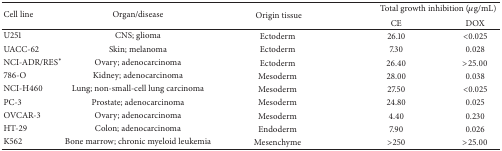
| <ROWSPAN=2> Cell line | <ROWSPAN=2> Organ/disease | <ROWSPAN=2> Origin tissue | <COLSPAN=2> Total growth inhibition (μg/mL) |
 | CE | DOX |
 | --- | --- | --- | --- | --- |
 | U251 | CNS; glioma | Ectoderm | 26.10 | <0.025 |
 | UACC-62 | Skin; melanoma | Ectoderm | 7.30 | 0.028 |
 | NCI-ADR/RES∗ | Ovary; adenocarcinoma | Ectoderm | 26.40 | >25.00 |
 | 786-O | Kidney; adenocarcinoma | Mesoderm | 28.00 | 0.038 |
 | NCI-H460 | Lung; non-small-cell lung carcinoma | Mesoderm | 27.50 | <0.025 |
 | PC-3 | Prostate; adenocarcinoma | Mesoderm | 24.80 | 0.025 |
 | OVCAR-3 | Ovary; adenocarcinoma | Mesoderm | 4.40 | 0.230 |
 | HT-29 | Colon; adenocarcinoma | Endoderm | 7.90 | 0.026 |
 | K562 | Bone marrow; chronic myeloid leukemia | Mesenchyme | >250 | >25.00 |